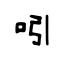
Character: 吲